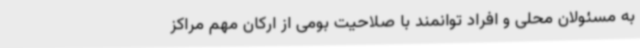
به مسئولان محلی و افراد توانمند با صلاحیت بومی از ارکان مهم مراکز